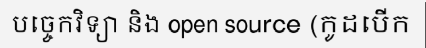
បច្ចេកវិទ្យា និង open source (កូដបើក